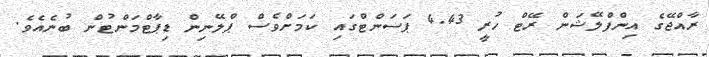
ރާއްޖޭގެ އިންފްލޭޝަން ރޭޓް ހުރީ 4.43 ޕަސަންޓްގައި ކަމަށްވެސް ޕްލޭނިން ޑިޕާޓްމަންޓުން ބުނެއެވެ.